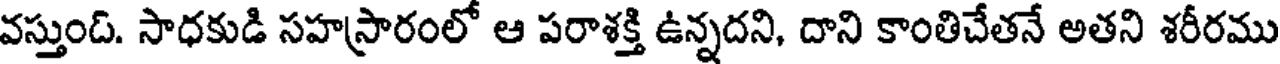
వస్తుంది. సాధకుడి సహస్రారంలో ఆ పరాశక్తి ఉన్నదని, దాని కాంతిచేతనే అతని శరీరము